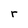
Character: r